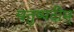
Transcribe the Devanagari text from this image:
चतुष्पदीम्